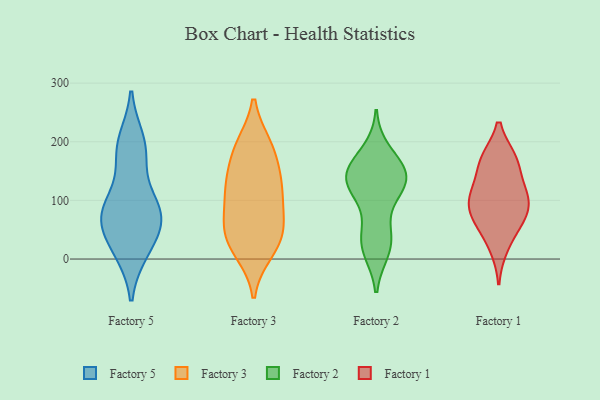
{"axis": {"x": "Demand Index", "y": "Value"}, "legend": ["Factory 1", "Factory 2", "Factory 3", "Factory 5"], "data": [{"x": "", "y": 66, "type": "Factory 5"}, {"x": "", "y": 200, "type": "Factory 5"}, {"x": "", "y": 16, "type": "Factory 5"}, {"x": "", "y": 181, "type": "Factory 5"}, {"x": "", "y": 49, "type": "Factory 5"}, {"x": "", "y": 84, "type": "Factory 5"}, {"x": "", "y": 15, "type": "Factory 5"}, {"x": "", "y": 77, "type": "Factory 5"}, {"x": "", "y": 95, "type": "Factory 5"}, {"x": "", "y": 82, "type": "Factory 5"}, {"x": "", "y": 184, "type": "Factory 5"}, {"x": "", "y": 141, "type": "Factory 3"}, {"x": "", "y": 35, "type": "Factory 3"}, {"x": "", "y": 82, "type": "Factory 3"}, {"x": "", "y": 194, "type": "Factory 3"}, {"x": "", "y": 12, "type": "Factory 3"}, {"x": "", "y": 191, "type": "Factory 3"}, {"x": "", "y": 47, "type": "Factory 3"}, {"x": "", "y": 61, "type": "Factory 3"}, {"x": "", "y": 125, "type": "Factory 3"}, {"x": "", "y": 48, "type": "Factory 3"}, {"x": "", "y": 105, "type": "Factory 3"}, {"x": "", "y": 115, "type": "Factory 3"}, {"x": "", "y": 16, "type": "Factory 3"}, {"x": "", "y": 145, "type": "Factory 3"}, {"x": "", "y": 191, "type": "Factory 3"}, {"x": "", "y": 119, "type": "Factory 2"}, {"x": "", "y": 182, "type": "Factory 2"}, {"x": "", "y": 37, "type": "Factory 2"}, {"x": "", "y": 16, "type": "Factory 2"}, {"x": "", "y": 142, "type": "Factory 2"}, {"x": "", "y": 118, "type": "Factory 2"}, {"x": "", "y": 127, "type": "Factory 2"}, {"x": "", "y": 20, "type": "Factory 2"}, {"x": "", "y": 43, "type": "Factory 2"}, {"x": "", "y": 150, "type": "Factory 2"}, {"x": "", "y": 131, "type": "Factory 2"}, {"x": "", "y": 154, "type": "Factory 2"}, {"x": "", "y": 152, "type": "Factory 2"}, {"x": "", "y": 168, "type": "Factory 1"}, {"x": "", "y": 75, "type": "Factory 1"}, {"x": "", "y": 102, "type": "Factory 1"}, {"x": "", "y": 107, "type": "Factory 1"}, {"x": "", "y": 120, "type": "Factory 1"}, {"x": "", "y": 169, "type": "Factory 1"}, {"x": "", "y": 21, "type": "Factory 1"}, {"x": "", "y": 101, "type": "Factory 1"}, {"x": "", "y": 68, "type": "Factory 1"}, {"x": "", "y": 168, "type": "Factory 1"}, {"x": "", "y": 59, "type": "Factory 1"}]}